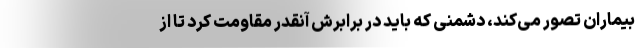
بیماران تصور می‌کند، دشمنی که باید در برابرش آنقدر مقاومت کرد تا از